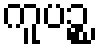
ကူပဉ္စ